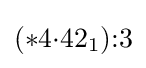
(*4{\cdot }42_{1}){:}3